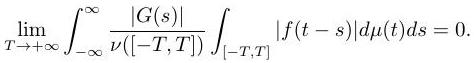
\[\lim _{T \rightarrow+\infty} \int_{-\infty}^{\infty} \frac{|G(s)|}{\nu([-T, T])} \int_{[-T, T]}|f(t-s)| d \mu(t) d s=0.\]